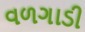
વળગાડી